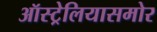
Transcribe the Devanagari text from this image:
ऑस्ट्रेलियासमोर